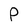
Character: P